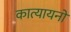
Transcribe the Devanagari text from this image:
कात्यायनों